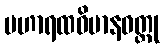
မဟာရထဝိမာနဝတ္ထု